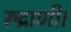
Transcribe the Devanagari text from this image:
रूद्राणी।